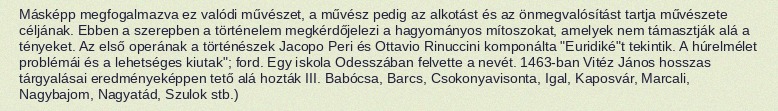
Másképp megfogalmazva ez valódi művészet, a művész pedig az alkotást és az önmegvalósítást tartja művészete céljának. Ebben a szerepben a történelem megkérdőjelezi a hagyományos mítoszokat, amelyek nem támasztják alá a tényeket. Az első operának a történészek Jacopo Peri és Ottavio Rinuccini komponálta "Euridiké"t tekintik. A húrelmélet problémái és a lehetséges kiutak"; ford. Egy iskola Odesszában felvette a nevét. 1463-ban Vitéz János hosszas tárgyalásai eredményeképpen tető alá hozták III. Babócsa, Barcs, Csokonyavisonta, Igal, Kaposvár, Marcali, Nagybajom, Nagyatád, Szulok stb.)